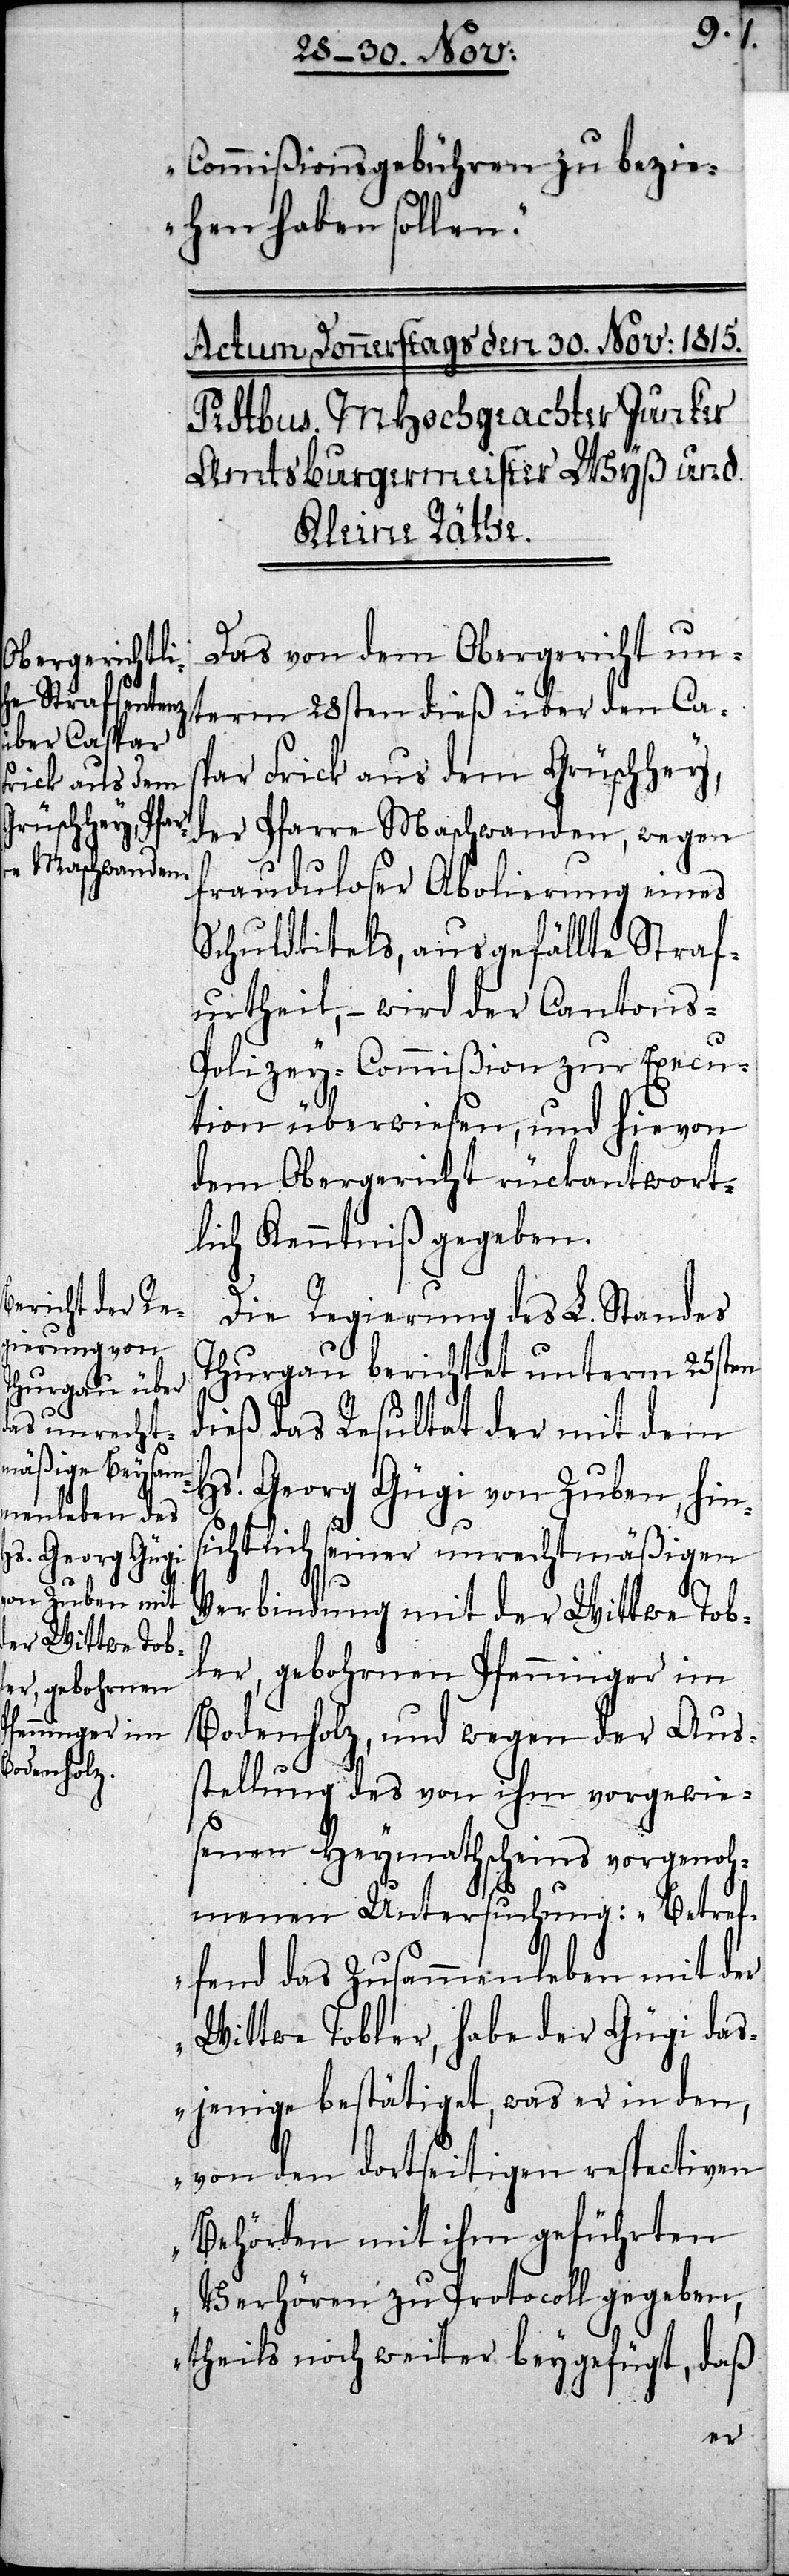
Commißionsgebühren zu bezie¬
hen haben sollen.“
Das von dem Obergericht un¬
term 28sten dieß über den Cas¬
par Frick aus dem Grüschhey,
der Pfarre Maschwanden, wegen
frauduloser Abolierung eines
Schuldtitels, ausgefällte Straf¬
urtheil, – wird der Cantons-P¬
olizey-Commißion zur Execu¬
tion überwiesen, und hievon
dem Obergericht rückantwort¬
lich Kenntniß gegeben.
Die Regierung des L. Standes
Thurgau berichtet unterm 25sten
dieß das Resultat der mit dem
Hs. Georg Gügi von Zuben, hin¬
sichtlich seiner unrechtmäßigen
Verbindung mit der Wittwe Tob¬
ler, gebohrnen Pfenninger im
Bodenholz, und wegen der Aus¬
stellung des von ihm vorgewie¬
senen Heymathscheins vorgenoh¬
menen Untersuchung: „Betref¬
fend das Zusammenleben mit der
Wittwe Tobler, habe der Gügi das¬
jenige bestätiget, was er in den,
von den dortseitigen respectiven
Behörden mit ihm geführten
Verhören zu Protocoll gegeben,
theils noch weiter beygefügt, daß